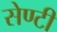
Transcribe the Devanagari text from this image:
सेण्टी